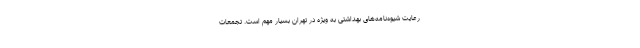
رعایت شیوه‌نامه‌های بهداشتی به ویژه در تهران بسیار مهم است. تجمعات